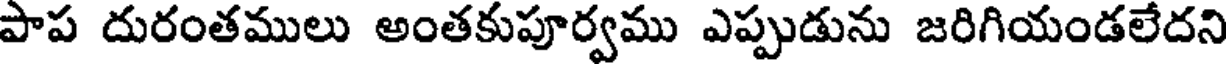
పాప దురంతములు అంతకుపూర్వము ఎప్పుడును జరిగియండలేదని